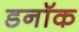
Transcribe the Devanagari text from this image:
डनॉक